V__Kingissepa_nim__kolhoos, lk 17
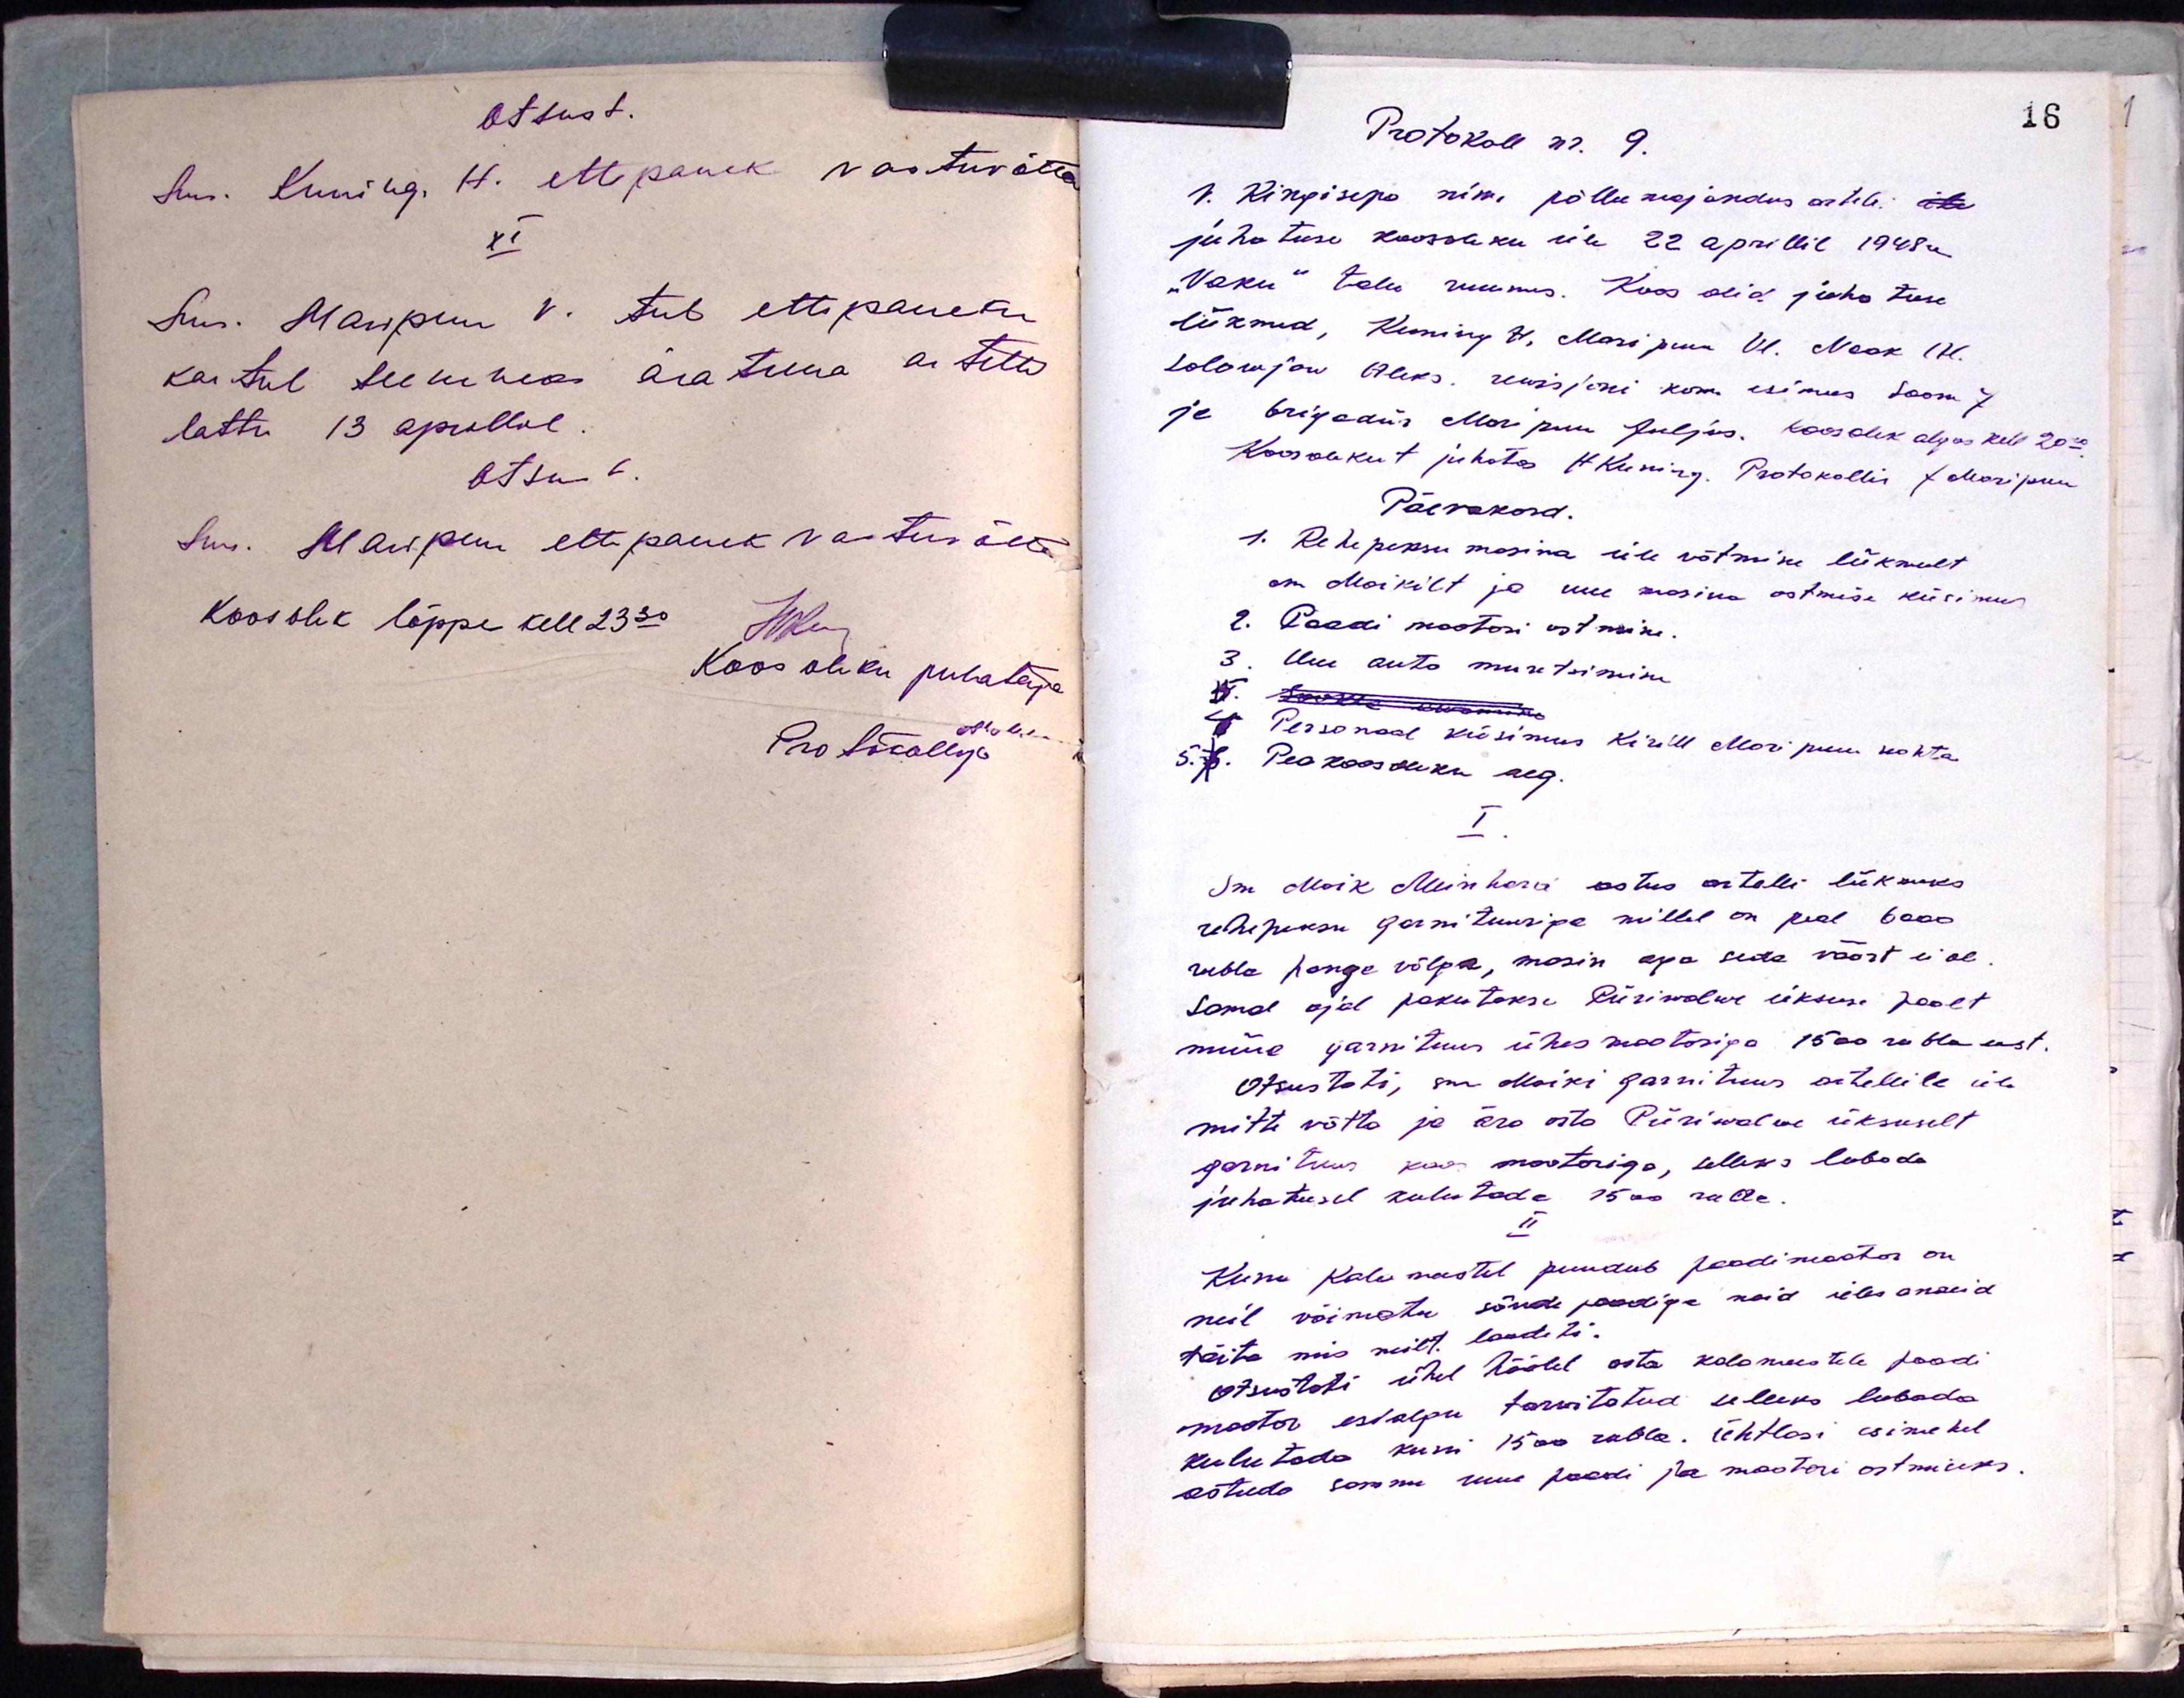
Otsust.
Sms. Kuning. H. ettepanek vastuvõtta
XI
Sms. Maripuu N. teeb ettepaneku
kartul seemnes äratuua artelli
lattu 13 aprillil
Otsust.
Sms. Maripuu ettepanek vastuvõtta
Koosolek lõppe kell 23.30
Ühen
Koosoleku juhataja
Protokollija

Protokoll nr. 9.
V. Kingisepa nim. põllumajandus artelli üle
juhatuse koosoleku üle 22 aprillil 1948a
"Vaku" talu ruumis. Koos olid juhatuse
liikmed, Kuning V, Maripuu Vl, Naak H.
Solowjow Aleks. revisjoni kom. esimees Soom J
ja brigadiir Maripuu Juljus. Koosolek algas kell 20.00
Koosolekut juhatas H.Kuning. Protokollis J Maripuu
Päevakord.
1. Rehepeksu masina üle võtmine liikmelt
sm Moikilt ja uue masina ostmise küsimus
2. Paadi mootori ostmine
3. Uue auto muretsemine
17. Jookt usumise
4. Personaal küsimus Kirill Maripuu kohta
5. 7. Peakoosoleku aeg.
I
Sm Moik Meinhard astus artelli liikmeks
rehepeksu garnituuriga millel on peal 6000
rubla hange võlga, masin aga seda väärt ei ole
samal ajal pakutakse Piiriwalwe üksuse poolt
müüa garnituur ühes mootoriga 1500 rubla eest
Otsustati, sm. Moiki garnituur artellile üle
mitte võtta ja ära osta Piiriwalwe üksuselt
garnituur koos mootoriga, selleks lubada
juhatusel kulutada 1500 rubla.
II
Kuni Kalameestel puudub paadimootor on
neil võimatu sõude paadiga neid ülesaneid
täita mis neilt loodeti.
Otsustati ühel häälel osta kalameestele paadi
mootor esialgu tarwitatud selleks lubada
kulutada kuni 1500 rubla. Ühtlasi esimehel
astuda sammu uue paadi ja mootori ostmiseks.